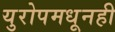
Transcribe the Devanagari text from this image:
युरोपमधूनही